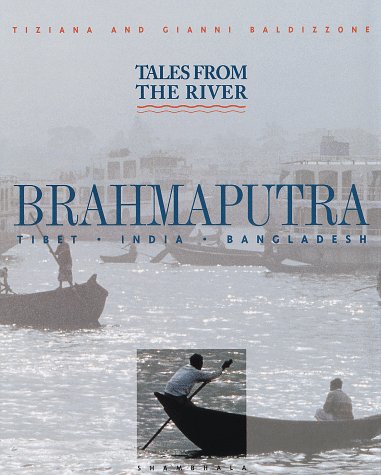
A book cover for Tales From The River Brahmaputra [Tibet * India * Bangladesh]; Tiziana Baldizzoni; Travel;